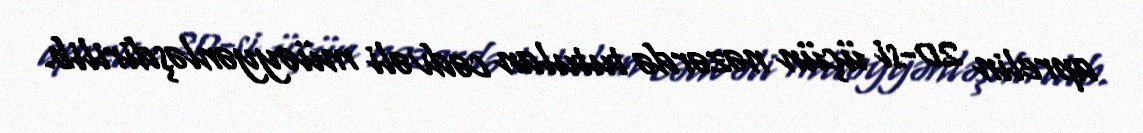
aprelin 20-si üçün nəzərdə tutulan cədvəli müəyyənləşdirilib.